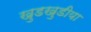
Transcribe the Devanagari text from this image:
खुडखुडीया